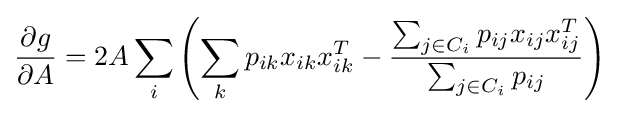
{\frac {\partial g}{\partial A}}=2A\sum _{i}\left(\sum _{k}p_{ik}x_{ik}x_{ik}^{T}-{\frac {\sum _{j\in C_{i}}p_{ij}x_{ij}x_{ij}^{T}}{\sum _{j\in C_{i}}p_{ij}}}\right)